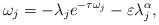
\begin{align*} \omega_j = -\lambda_j e^{-\tau \omega_j} - \varepsilon \lambda_j^\alpha, \end{align*}